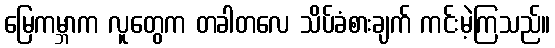
မြေကမ္ဘာက လူတွေက တခါတလေ သိပ်ခံစားချက် ကင်းမဲ့ကြသည်။